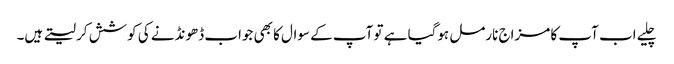
چلیے اب آپ کا مزاج نارمل ہوگیا ہے تو آپ کے سوال کا بھی جواب ڈھونڈنے کی کوشش کر لیتے ہیں۔